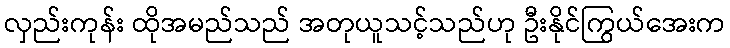
လှည်းကုန်း ထိုအမည်သည် အတုယူသင့်သည်ဟု ဦးနိုင်ကြွယ်အေးက